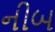
નીબ